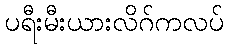
ပရီးမီးယားလိဂ်ကလပ်